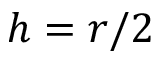
h = r / 2